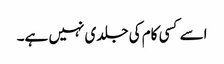
اسے کسی کام کی جلدی نہیں ہے۔